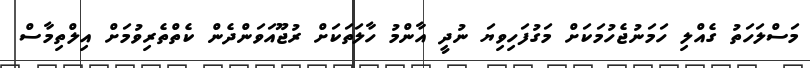
މަސްލަހަތު ގެއްލި ހަމަނުޖެހުމަކަށް މަގުފަހިވިޔަ ނުދީ އާންމު ހާލަތަކަށް ރުޖޫއަވަންދެން ކެތްތެރިވުމަށް އިލްތިމާސް